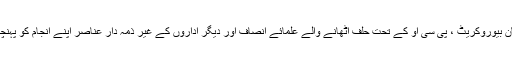
بے ایمان بیوروکریٹ ، پی سی او کے تحت حلف اٹھانے والے علمائے انصاف اور دیگر اداروں کے غیر ذمہ دار عناصر اپنے انجام کو پہنچیں گے۔